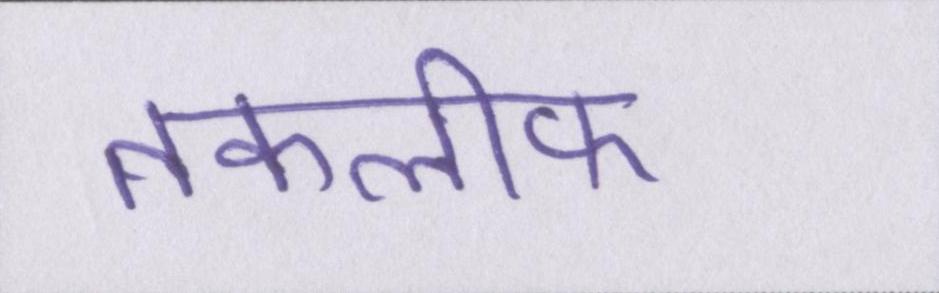
तकलीफ